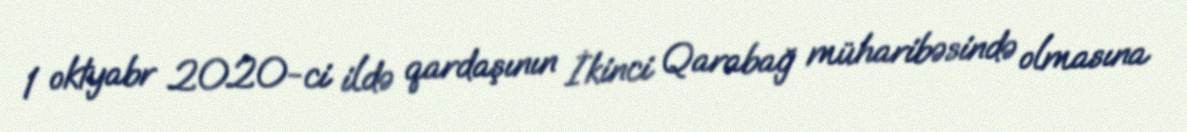
1 oktyabr 2020-ci ildə qardaşının İkinci Qarabağ müharibəsində olmasına